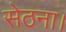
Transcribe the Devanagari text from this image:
सेठना।